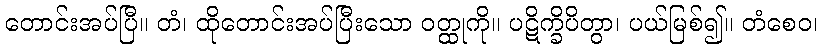
တောင်းအပ်ပြီ။ တံ၊ ထိုတောင်းအပ်ပြီးသော ဝတ္ထုကို။ ပဋိက္ခိပိတွာ၊ ပယ်မြစ်၍။ တံစေဝ၊